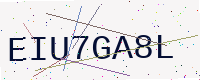
Text: EIU7GA8L